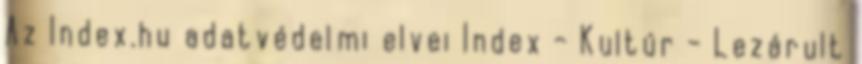
Az Index.hu adatvédelmi elvei Index - Kultúr - Lezárult